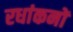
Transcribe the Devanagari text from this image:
रधांकनों